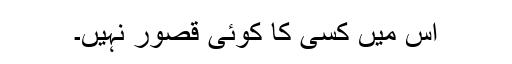
اس میں کسی کا کوئی قصور نہیں۔